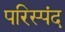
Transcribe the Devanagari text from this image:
परिस्पंद